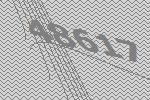
48617